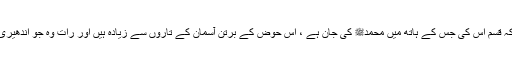
آپﷺ نے فرمایا کہ قسم اس کی جس کے ہاتھ میں محمدﷺ کی جان ہے ، اس حوض کے برتن آسمان کے تاروں سے زیادہ ہیں اور رات وہ جو اندھیری بے بدلی کے ہو۔